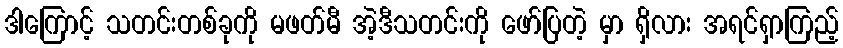
ဒါကြောင့် သတင်းတစ်ခုကို မဖတ်မီ အဲ့ဒီသတင်းကို ဖော်ပြတဲ့ မှာ ရှိလား အရင်ရှာကြည့်